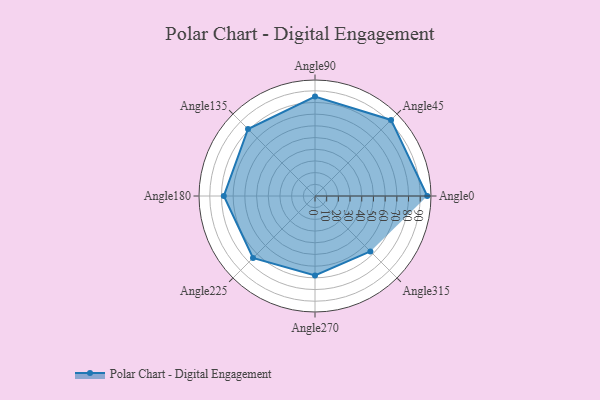
{"axis": {"x": "Angle", "y": "Radius"}, "legend": [""], "data": [{"x": "Angle0", "y": 96.0, "type": ""}, {"x": "Angle45", "y": 92.0, "type": ""}, {"x": "Angle90", "y": 85.0, "type": ""}, {"x": "Angle135", "y": 81.0, "type": ""}, {"x": "Angle180", "y": 78.0, "type": ""}, {"x": "Angle225", "y": 75.0, "type": ""}, {"x": "Angle270", "y": 68.0, "type": ""}, {"x": "Angle315", "y": 67.0, "type": ""}]}